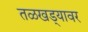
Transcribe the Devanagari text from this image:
तळखड्यावर